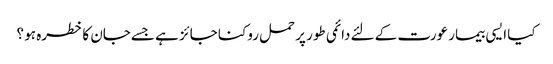
کیا ایسی بیمار عورت کے لئےدائمی طور پر حمل روکنا جائز ہے جسےجان کا خطرہ ہو ؟